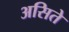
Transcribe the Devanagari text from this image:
असिते